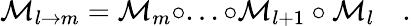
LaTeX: \mathcal{M}_{l\to m}=\mathcal{M}_{m}\circ...\circ\mathcal{M}_{l+1}\circ\mathcal{M}_{l}\quad.